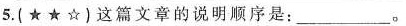
5.(★★☆)这篇文章的说明顺序是：